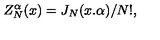
Z _ { N } ^ { \alpha } ( x ) = J _ { N } ( x . \alpha ) / N ! ,